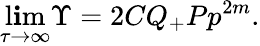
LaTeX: \operatorname*{l\mathbf{i}m}_{\tau\rightarrow\infty}\Upsilon=2CQ_{+}P{p}^{2m}.